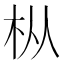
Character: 枞